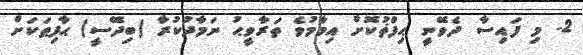
2. މި ފައިސާ ދެވޭނީ ޙިފްޡުކޮށް އިމާމުވެ ތަރާވީޙު ނަމާދުކުރާ (ބިދޭސީ) ޙާފިޠަކަށް